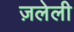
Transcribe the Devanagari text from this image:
ज़लेली